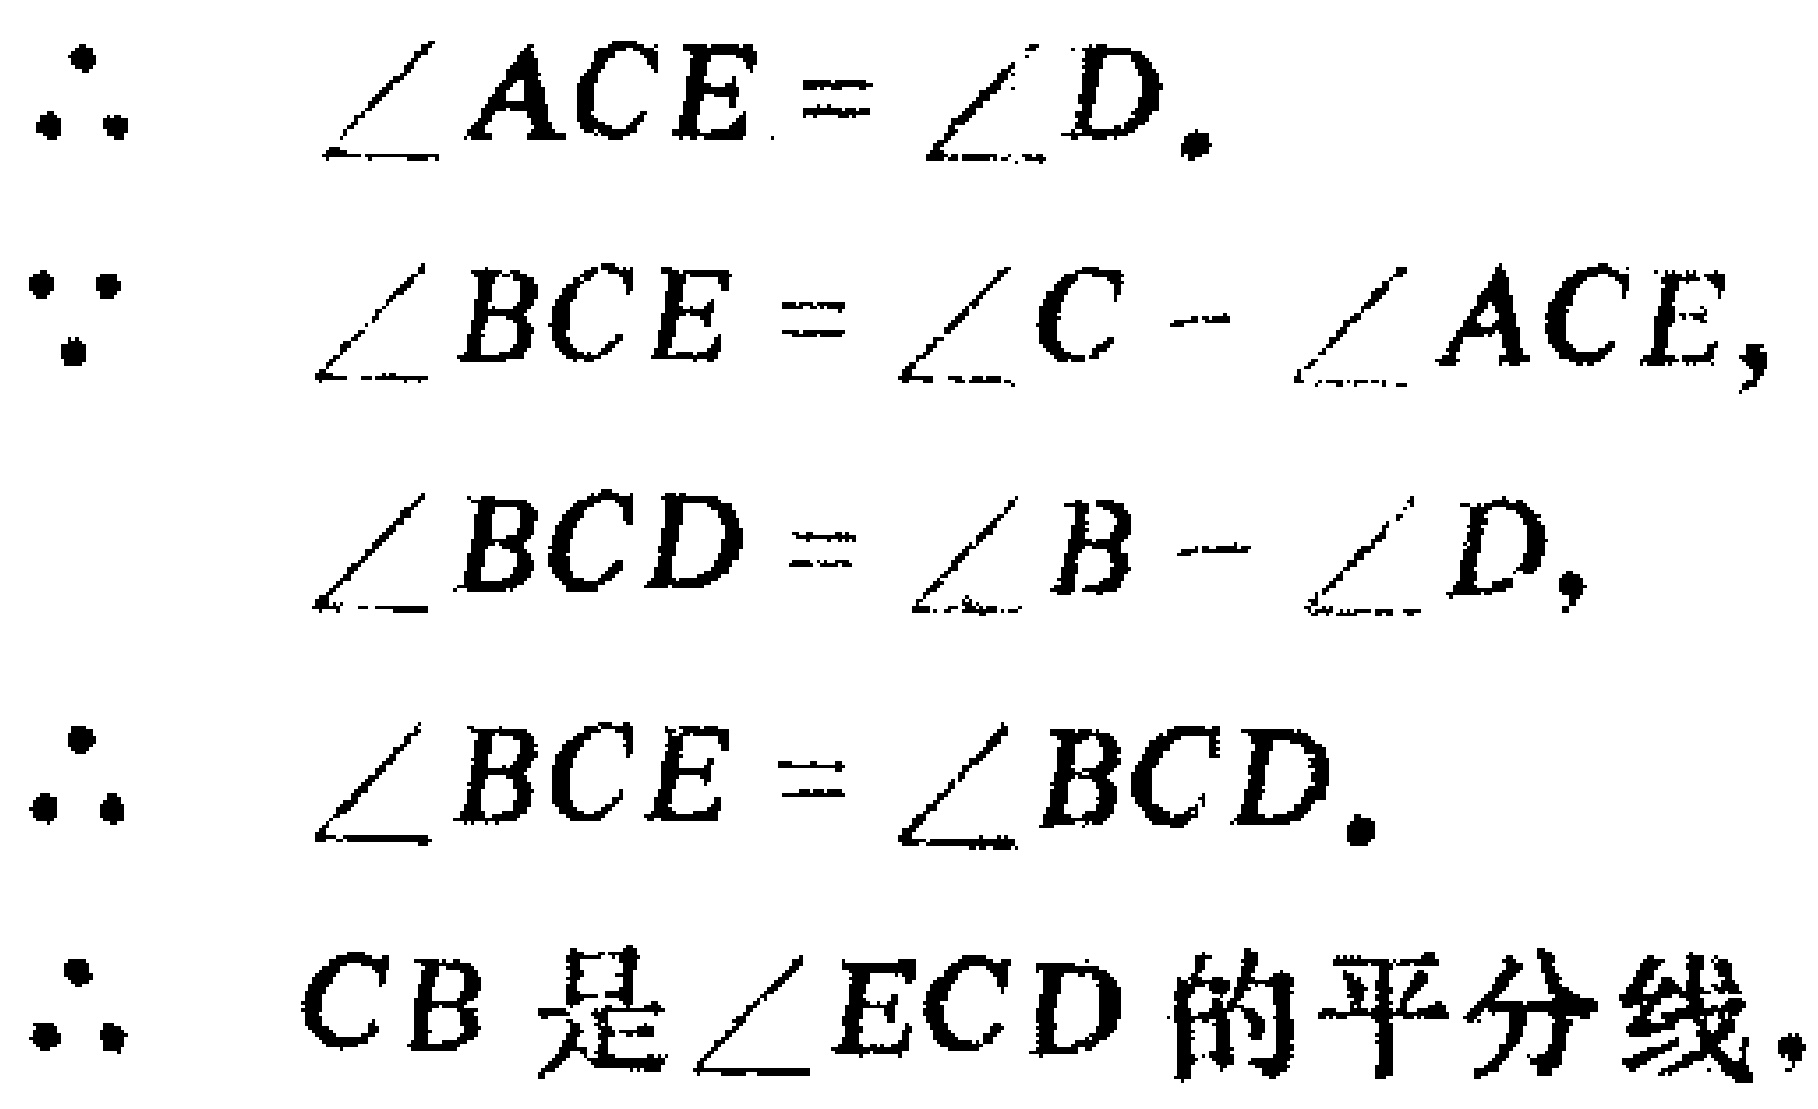
\begin{align*}

&\therefore\quad \angle ACE = \angle D.\\

&\because\quad \angle BCE = \angle C - \angle ACE,\\

&\quad\quad \angle BCD = \angle B - \angle D,\\

&\therefore\quad \angle BCE = \angle BCD.\\

&\therefore\quad CB\text{ 是 }\angle ECD\text{ 的平分线}.

\end{align*}